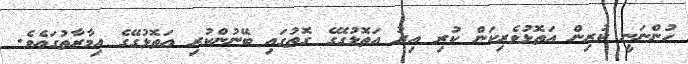
ހުންނަނީ ކުރިން އަތޮޅުވެރިކަން ކުރި އިރު އަތޮޅުގޭގެ ގޮތުގައި ބޭނުންކުރި އަތޮޅުގޭގެ އިމާރާތުގައެވެ.